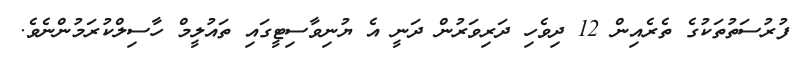
ފުރުސަތުތަކުގެ ތެރެއިން 12 ދިވެހި ދަރިވަރުން ދަނީ އެ ޔުނިވާސިޓީގައި ތައުލީމް ހާސިލްކުރަމުންނެވެ.